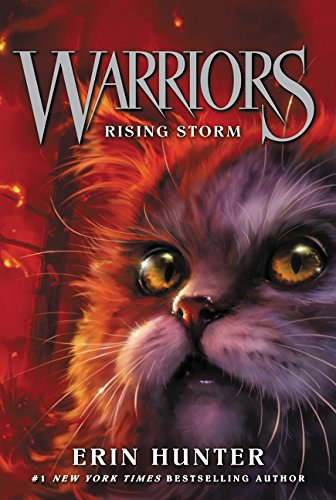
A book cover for Warriors #4: Rising Storm (Warriors: The Prophecies Begin); Erin Hunter; Children's Books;